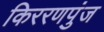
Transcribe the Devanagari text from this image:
किररणपुंज